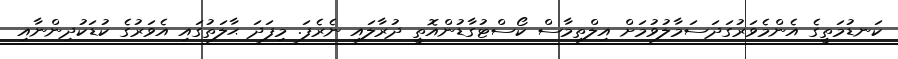
ކަނޑުމަތީގެ އެންމެވަރުގަދަސަމާލުވުމަށް އިލްތިމާސް ކޯސްޓުގާޑުންއޮތީ ދުރާލައި ނެރެފަ. މިފަދަ ޙާލަތުގައި އެވަރުގެ ކުޑަކުދިންނާއި